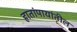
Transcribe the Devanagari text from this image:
हातांपायांतील